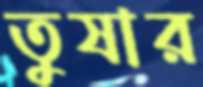
তুষার